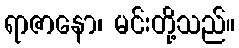
ရာဇာနော၊ မင်းတို့သည်။